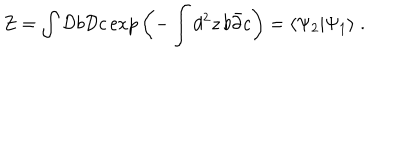
Z = \int { \cal D } b { \cal D } c \exp { \left( - \int d ^ { 2 } z \, b \bar { \partial } c \right) } = \langle \Psi _ { 2 } | \Psi _ { 1 } \rangle \; .